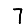
Digit: 7